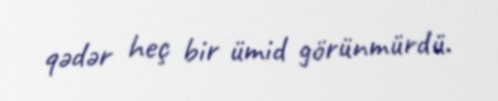
qədər heç bir ümid görünmürdü.